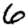
Digit: 6